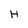
Character: H